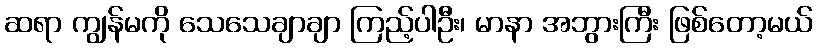
ဆရာ ကျွန်မကို သေသေချာချာ ကြည့်ပါဦး၊ မာနာ အဘွားကြီး ဖြစ်တော့မယ်